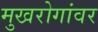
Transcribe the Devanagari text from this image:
मुखरोगांवर